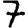
Digit: 7